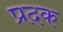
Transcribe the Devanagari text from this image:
प्रदक